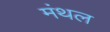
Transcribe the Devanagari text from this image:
मंथल